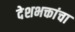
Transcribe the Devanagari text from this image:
देशभक्तांचा